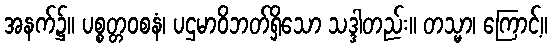
အနက်၌။ ပစ္စတ္တဝစနံ၊ ပဌမာဝိဘတ်ရှိသော သဒ္ဒါတည်း။ တသ္မာ၊ ကြောင့်။